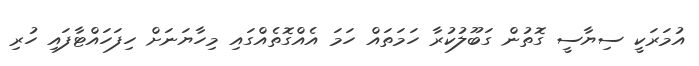
އުމަރަކީ ސިޔާސީ ގޮތުން ގަބޫލުކުރާ ހަމަތައް ހަމަ އެއްގޮތެއްގައި މިހާޔަނަށް ހިފަހައްޓާފައި ހުރި